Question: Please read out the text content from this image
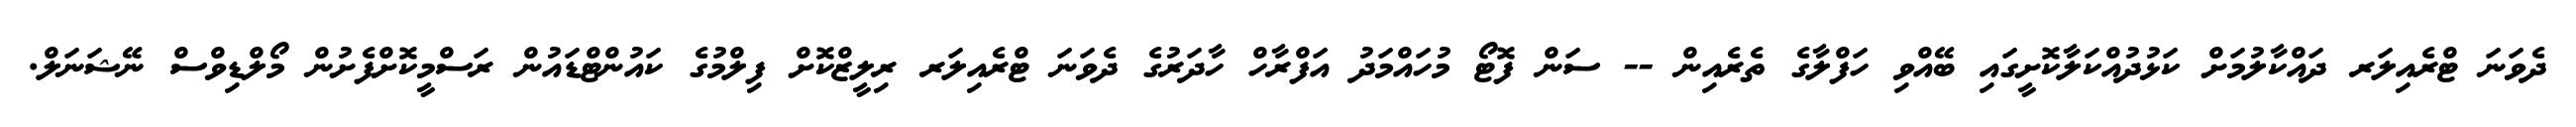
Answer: ދެވަނަ ޓްރެއިލަރ ދައްކާލުމަށް ކަޅުދުއްކަލާކޮށީގައި ބޭއްވި ހަފްލާގެ ތެރެއިން -- ސަން ފޮޓޯ މުހައްމަދު އަފްރާހް ހާދަރުގެ ދެވަނަ ޓްރެއިލަރ ރިލީޒްކޮށް ފިލްމުގެ ކައުންޓްޑައުން ރަސްމީކޮށްފެށުން މޯލްޑިވްސް ނޭޝަނަލް.